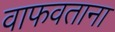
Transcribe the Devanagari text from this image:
वाफवताना